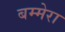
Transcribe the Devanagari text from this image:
बम्मेरा